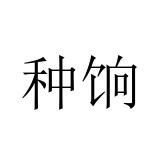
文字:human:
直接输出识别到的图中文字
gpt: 种饷